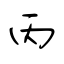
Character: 丙